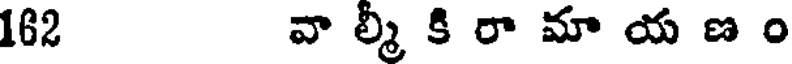
162 వా ల్మీ కి రా మా య ణ ం